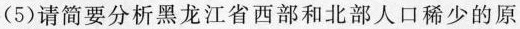
(5) 请简要分析黑龙江省西部和北部人口稀少的原